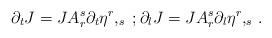
LaTeX: \begin{align*}\partial_tJ = JA^s_r \partial_t \eta^r,_s\;; \partial_l J= JA^s_r \partial_l\eta^r,_{s}\,.\end{align*}